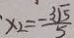
x _ { 2 } = \frac { - 3 \sqrt { 5 } } { 5 }